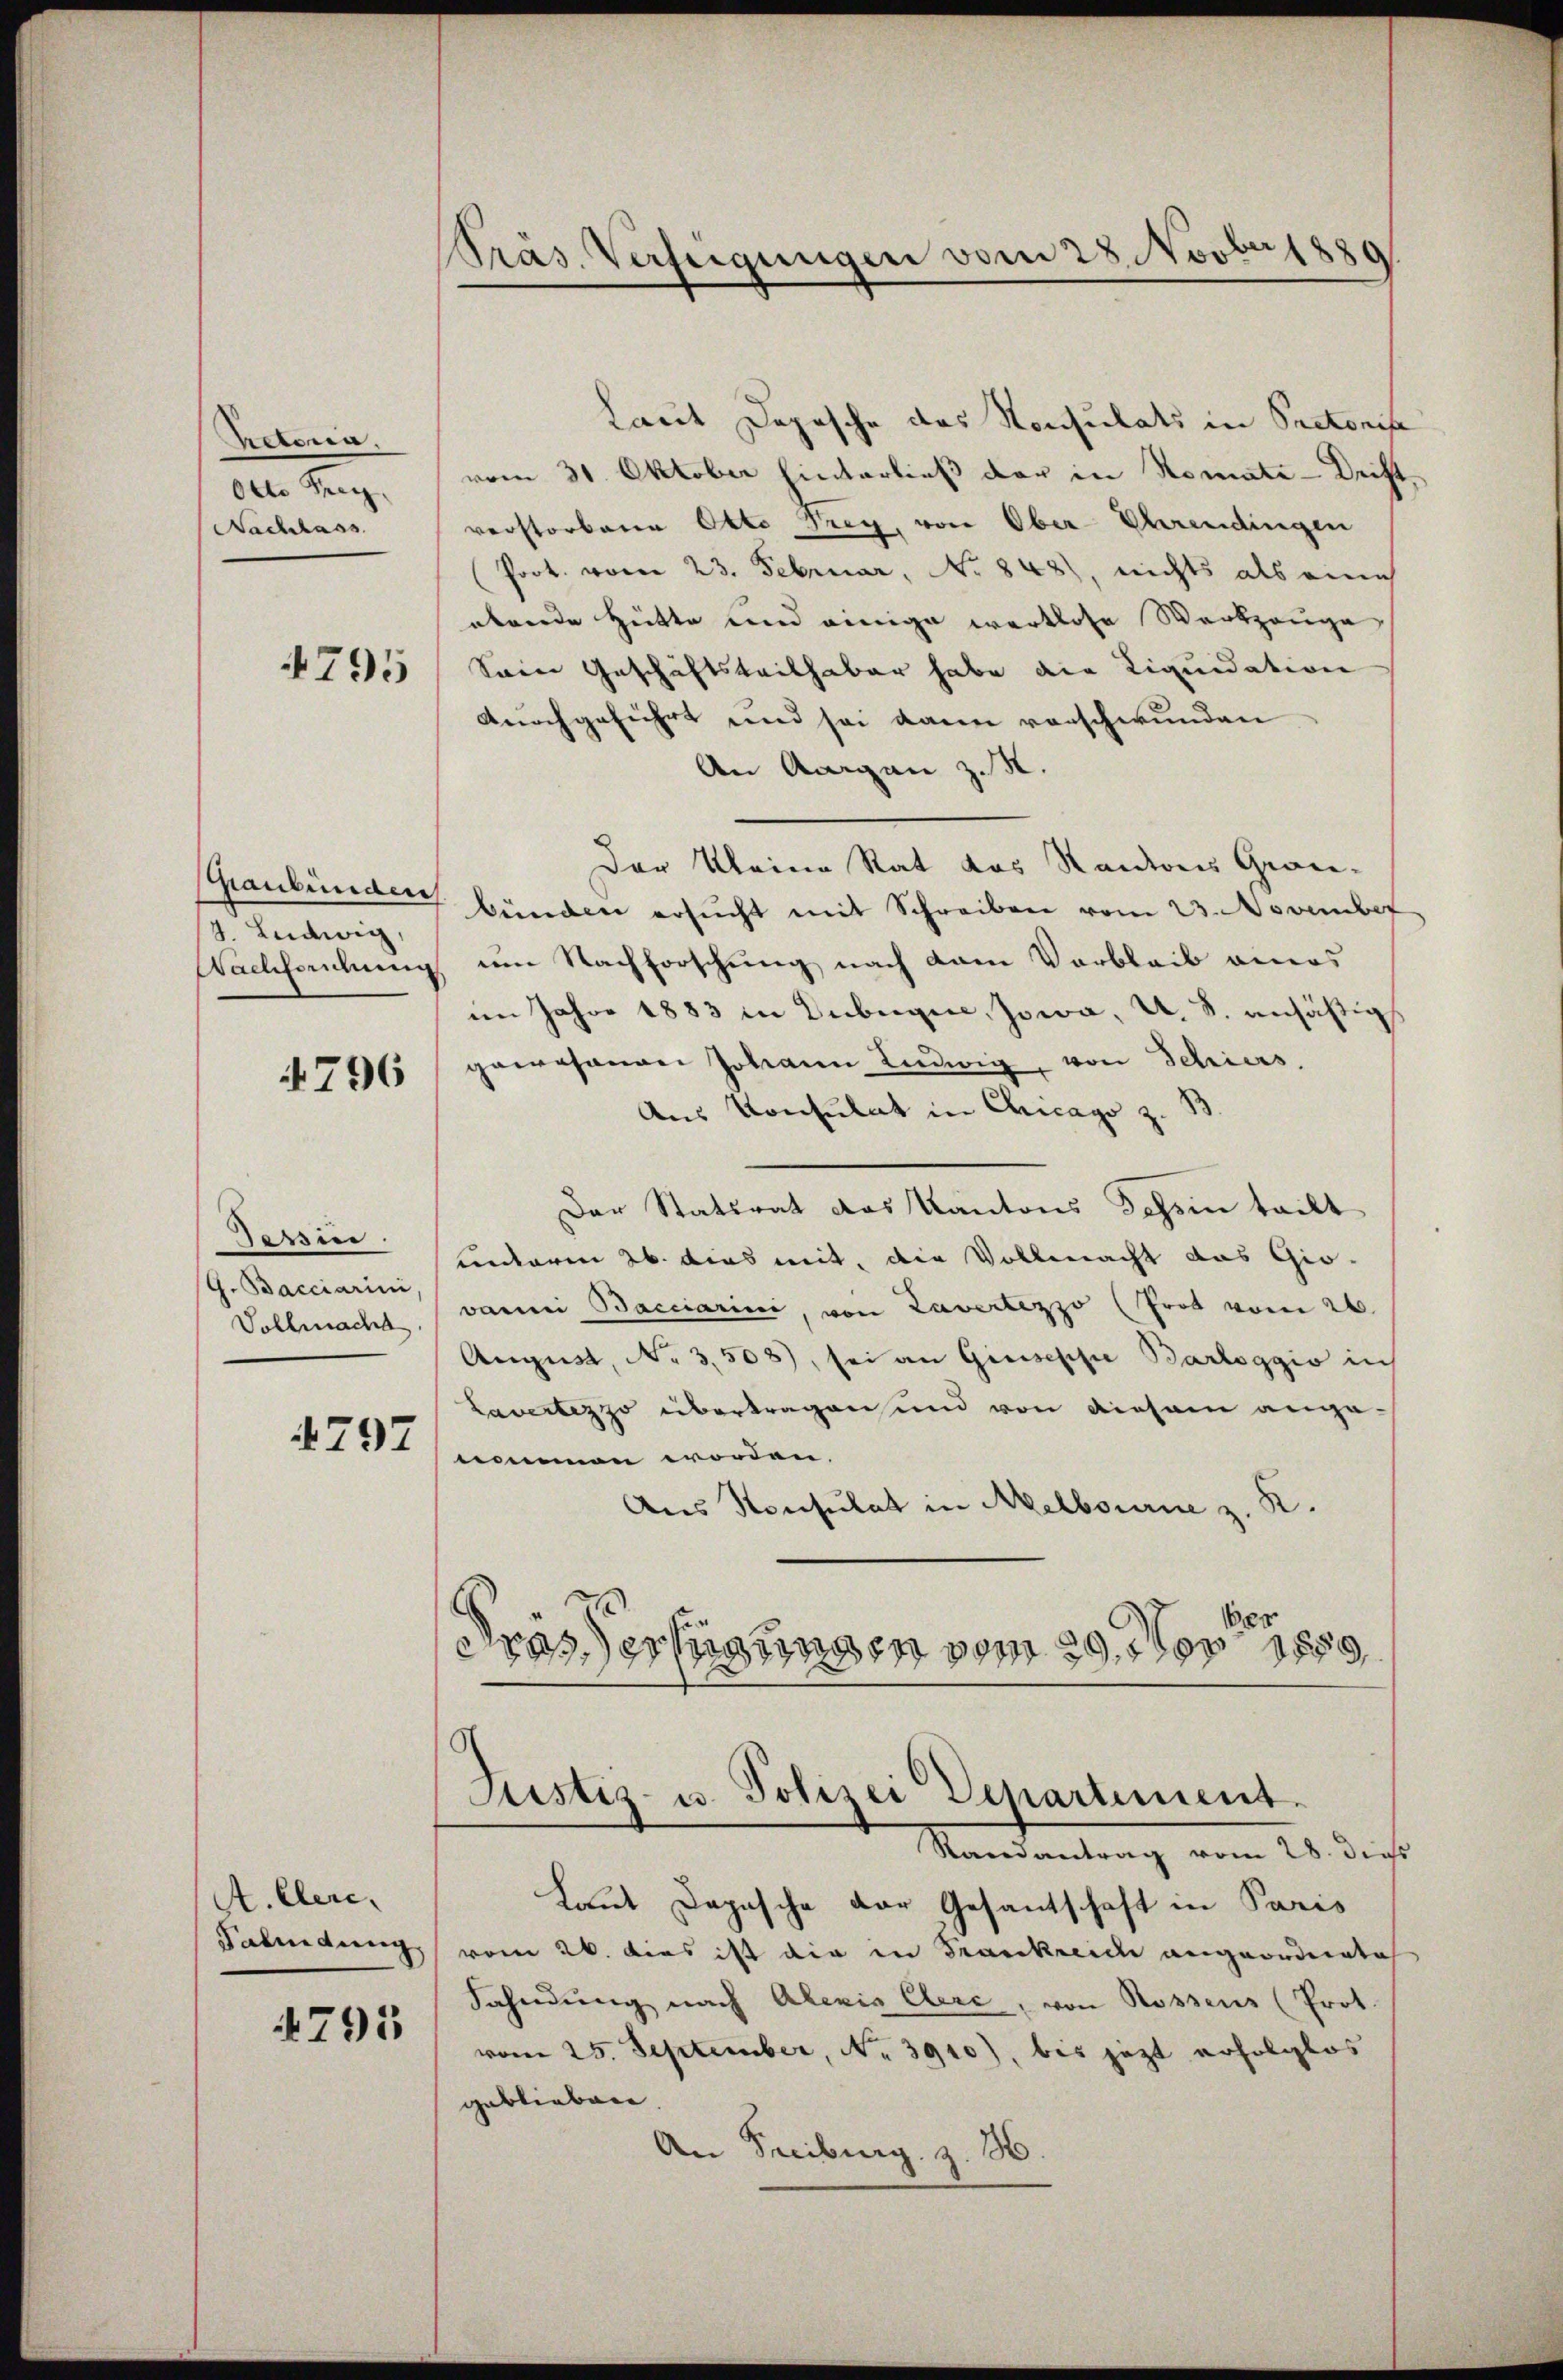
Retoria,
Otto Frey
Nachlass

4795

Graubünden
4. Ludwig
Nachheidung

4796

Tessine.
G. Bacciarini
Vollmacht

4797

A. Cleri¬
Fahndung
795

Präs. Verfügungen vom 28. Novber 1880

Laut Depesche das Konsulats in Pectonise
vom 31. Oktober hinterließ der in Romate-Decht,
verstorbene Otto Frey, von Ober-Ehrendingen
Poot. vom 23. Februar, No 848), nichts als eine
oberede Hütte und einige wertlose Werkzeuge
Sein Geschäftsteilhaber habe die Liquidation
durchgeführt und sei kann vorschwunden
An Aargau z. R.
Der Kleine Rat das Kantons Grau-
bünden ersŭcht mit Schreiben vom 23. November
um Nachforschung nach dem Verbleib amas
im Jahre 1883 in Dubugia, Jowa, U. S. ansättig
gewesenen Johann Ludwig, von Schiers.
Aus Konsulat in Chicago z. B.
Der Statsrat das Kantons Schein teilt
unterm 26. dies mit, die Vollmacht das Gio-
warnei Bacciarini von Lavertezzo (Frot vom 26.
August, No 3,508), sei an Giuseph Barloggio in
Lavertezzo übertragen und von diesem angenommen worden.
Aus Konsulat in Melbourne z. K.
drassertigungen vom 29. Nov. 1889

Justiz- u. Polizei Departement.

Randantrag vom 28. dies
Laut Dapasche der Gesantschaft in Paris
vom 26. dies ist die in Frankreiche angeordnete
Fahndung nach Alexis Clere, von Rossens (Prot.
vom 25. September, No. 3910), bis jetzt erfolglos
geblieben.
An Freiburg z. H.